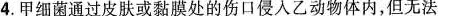
4.甲细菌通过皮肤或黏膜处的伤口侵入乙动物体内，但无法